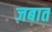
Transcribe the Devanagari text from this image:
जबात